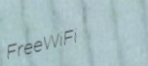
FreeWiFi